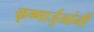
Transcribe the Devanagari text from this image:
कृष्णार्जुनांनी